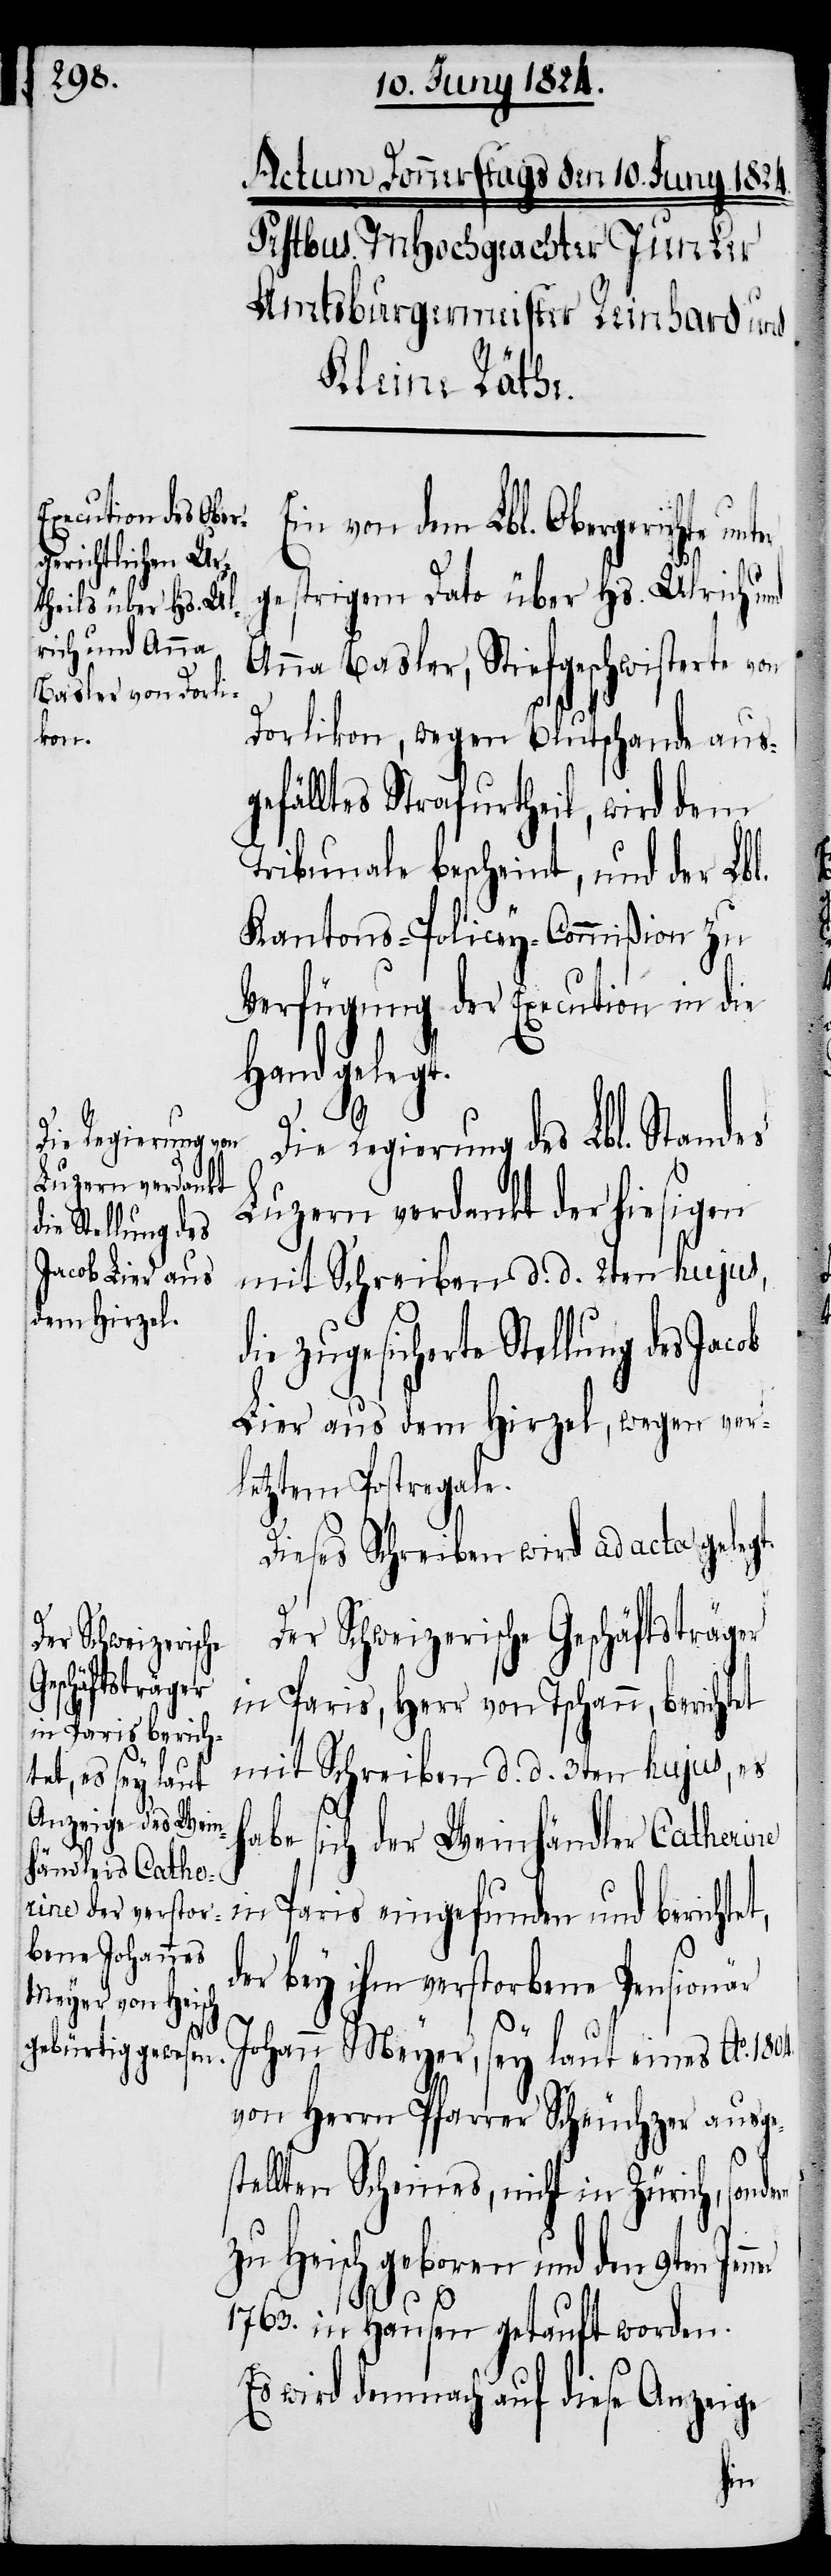
Stellung des

t,

Ein von dem Lbl. Obergerichte un¬
gestrigem Dato über Hs. Ulrich und
Anna Basler, Stiefgeschwisterte von
Dorlikon, wegen Blutschande aus¬
gefälltes Strafurtheil, wird dem
Tribunale bescheint, und der Lbl.
Kantons-Policey-Commißion zu
Verfügung der Execution in die
Hand gelegt.
Die Regierung des Lbl. Standes
Luzern vedankt der hiesigen
mit Schreiben d. d. 2ten hujus,
Lier aus dem Hirzel, wegen ver¬
letztem Postregale.
Dieses Schreiben wird ad acta gelegt.
Der Schweizerische Geschäftsträger
in Paris, Herr von Tschann, berichtet
mit Schreiben d. d. 3ten hujus, es
habe sich der Weinhändler Catherine
in Paris eingefunden und berichte¬
der bey ihm verstorbene Pensionär
Johann Meyer, sey laut eines Ao.
von Herrn Pfarrer Scheuchzer ausge¬
stellten Scheines, nicht in Zürich, sond¬
zu Heisch geboren und den 9ten
1763. in Hausen getauft worden.
Es wird demnach auf diese Anzeige
ern